Vaccination Hyderabad 1890-1903 - 1890-1903
Year: 1890
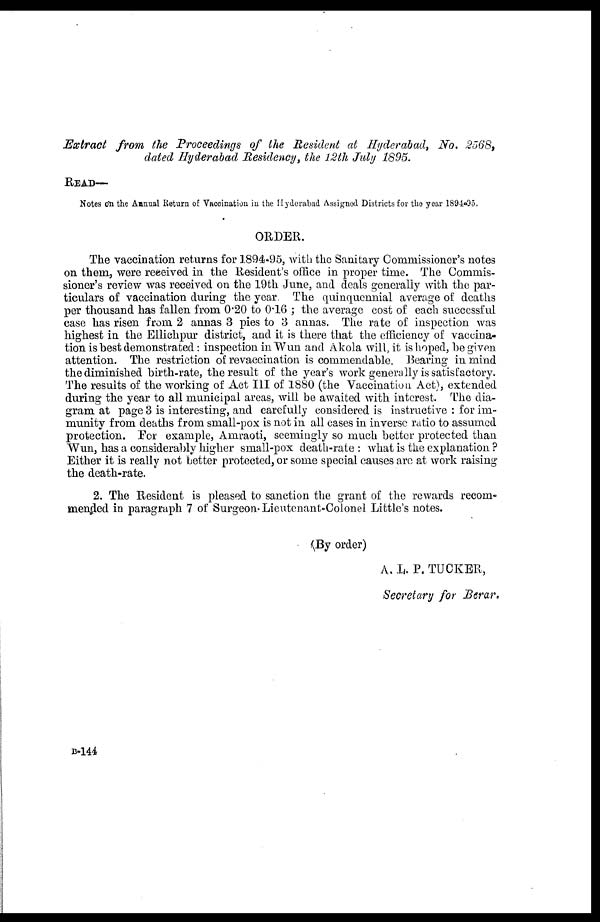
Extract from the Proceedings of the Resident at Hyderabad, No. 2568,
dated Hyderabad Residency, the 12th July 1895.
READ—
Notes on the Annual Return of Vaccination in the Hyderabad Assigned Districts for the year 1894-95.
ORDER.
The vaccination returns for 1894-95, with the Sanitary Commissioner's notes
on them, were received in the Resident's office in proper time. The Commis-
sioner's review was received on the 19th June, and deals generally with the par-
ticulars of vaccination during the year. The quinquennial average of deaths
per thousand has fallen from 0.20 to 0.16 ; the average cost of each successful
case has risen from 2 annas 3 pies to 3 annas. The rate of inspection was
highest in the Ellichpur district, and it is there that the efficiency of vaccina-
tion is best demonstrated: inspection in Wun and Akola will, it is hoped, be given
attention. The restriction of revaccination is commendable. Bearing in mind
the diminished birth-rate, the result of the year's work generally is satisfactory.
The results of the working of Act III of 1880 (the Vaccination Act), extended
during the year to all municipal areas, will be awaited with interest. The dia-
gram at page 3 is interesting, and carefully considered is instructive : for im-
munity from deaths from small-pox is not in all cases in inverse ratio to assumed
protection. For example, Amraoti, seemingly so much better protected than
Wun, has a considerably higher small-pox death-rate : what is the explanation ?
Either it is really not better protected, or some special causes are at work raising
the death-rate.
2. The Resident is pleased to sanction the grant of the rewards recom-
mended in paragraph 7 of Surgeon. Lieutenant-Colonel Little's notes.
(By order)
A. L. P. TUCKER,
Secretary for Berar.
B-144